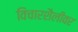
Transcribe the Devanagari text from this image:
विचारशैलीवर